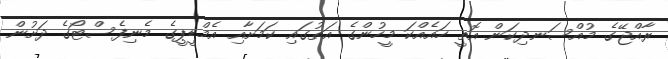
ރާއްޖޭގެ މުއްސަނދިކަން އޮތީ ހައެއްކަ މީހުންގެ އަތުގައި ކަމަށާއި އެމްޑީޕީގެ މެނިފެސްޓޯގެ ދަށުން